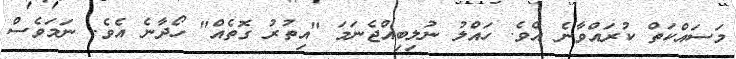
މަސައްކަތް ކުރައްވާނެ އެވެ. ހައްލު ނުލިބިއްޖެނަމަ "އިތުރު ގޮތެއް" ހޯދާނެ އެވެ. ނަމަވެސް